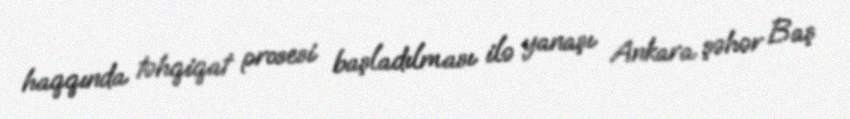
haqqında təhqiqat prosesi başladılması ilə yanaşı Ankara şəhər Baş